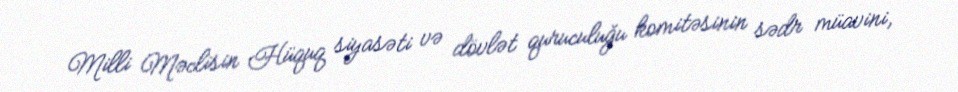
Milli Məclisin Hüquq siyasəti və dövlət quruculuğu komitəsinin sədr müavini,